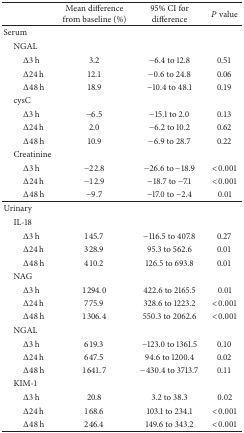
|  | Mean difference from baseline (%) | 95% CI for difference | P value |
 | --- | --- | --- | --- |
 | Serum |  |  |  |
 | NGAL |  |  |  |
 | Δ3 h | 3.2 | −6.4 to 12.8 | 0.51 |
 | Δ24 h | 12.1 | −0.6 to 24.8 | 0.06 |
 | Δ48 h | 18.9 | −10.4 to 48.1 | 0.19 |
 | cysC |  |  |  |
 | Δ3 h | −6.5 | −15.1 to 2.0 | 0.13 |
 | Δ24 h | 2.0 | −6.2 to 10.2 | 0.62 |
 | Δ48 h | 10.9 | −6.9 to 28.7 | 0.22 |
 | Creatinine |  |  |  |
 | Δ3 h | −22.8 | −26.6 to −18.9 | <0.001 |
 | Δ24 h | −12.9 | −18.7 to −7.1 | <0.001 |
 | Δ48 h | −9.7 | −17.0 to −2.4 | 0.01 |
 | Urinary |  |  |  |
 | IL-18 |  |  |  |
 | Δ3 h | 145.7 | −116.5 to 407.8 | 0.27 |
 | Δ24 h | 328.9 | 95.3 to 562.6 | 0.01 |
 | Δ48 h | 410.2 | 126.5 to 693.8 | 0.01 |
 | NAG |  |  |  |
 | Δ3 h | 1294.0 | 422.6 to 2165.5 | 0.01 |
 | Δ24 h | 775.9 | 328.6 to 1223.2 | <0.001 |
 | Δ48 h | 1306.4 | 550.3 to 2062.6 | <0.001 |
 | NGAL |  |  |  |
 | Δ3 h | 619.3 | −123.0 to 1361.5 | 0.10 |
 | Δ24 h | 647.5 | 94.6 to 1200.4 | 0.02 |
 | Δ48 h | 1641.7 | −430.4 to 3713.7 | 0.11 |
 | KIM-1 |  |  |  |
 | Δ3 h | 20.8 | 3.2 to 38.3 | 0.02 |
 | Δ24 h | 168.6 | 103.1 to 234.1 | <0.001 |
 | Δ48 h | 246.4 | 149.6 to 343.2 | <0.001 |